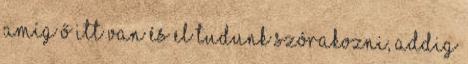
Amíg ő itt van és el tudunk szórakozni, addig